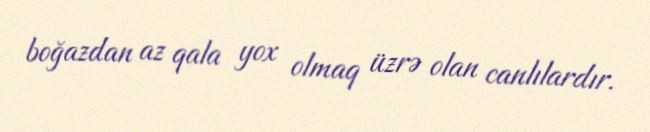
boğazdan az qala yox olmaq üzrə olan canlılardır.